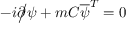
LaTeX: - i { \partial \! \! \! { \big / } } \psi + m C { \overline { { \psi } } } ^ { T } = 0